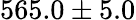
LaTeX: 565.0\pm 5.0